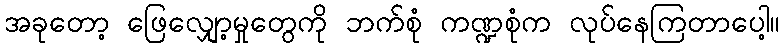
အခုတော့ ဖြေလျှော့မှုတွေကို ဘက်စုံ ကဏ္ဍစုံက လုပ်နေကြတာပေါ့။